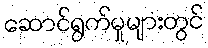
ဆောင်ရွက်မှုများတွင်